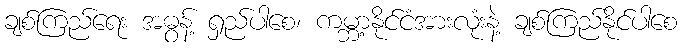
ချစ်ကြည်ရေး အဓွန့် ရှည်ပါစေ၊ ကမ္ဘာ့နိုင်ငံအားလုံးနဲ့ ချစ်ကြည်နိုင်ပါစေ